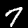
Digit: 7